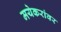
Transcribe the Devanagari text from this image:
मयेकरांवर